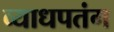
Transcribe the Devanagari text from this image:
व्याधपतंग